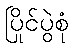
ပြိုင်ပွဲစုံ